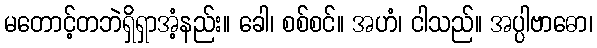
မတောင့်တဘဲရှိရှာအံ့နည်း။ ခေါ၊ စစ်စင်။ အဟံ၊ ငါသည်။ အပ္ပါဗာဓော၊